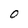
Character: O